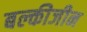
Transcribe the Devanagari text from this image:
बल्कीजीन